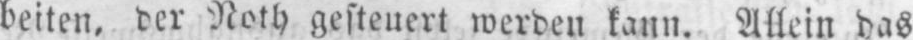
beiten, der Noth gesteuert werden kann. Allein das